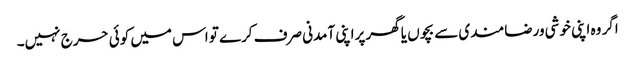
اگر وہ اپنی خوشی ورضامندی سے بچوں یا گھر پراپنی آمدنی صرف کرے تو اس میں کوئی حرج نہیں۔